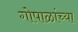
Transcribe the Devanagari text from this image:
गोपाळांच्या